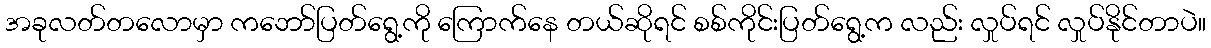
အခုလတ်တလောမှာ ကဘော်ပြတ်ရွေ့ကို ကြောက်နေ တယ်ဆိုရင် စစ်ကိုင်းပြတ်ရွေ့က လည်း လှုပ်ရင် လှုပ်နိုင်တာပဲ။